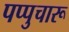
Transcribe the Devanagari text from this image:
पप्पुचारू